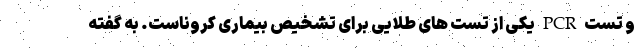
و تست PCR یکی از تست های طلایی برای تشخیص بیماری کروناست. به گفته